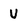
Character: U